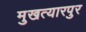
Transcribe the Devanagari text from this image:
मुखत्यारपुर